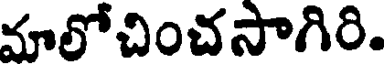
మాలోచించసాగిరి.